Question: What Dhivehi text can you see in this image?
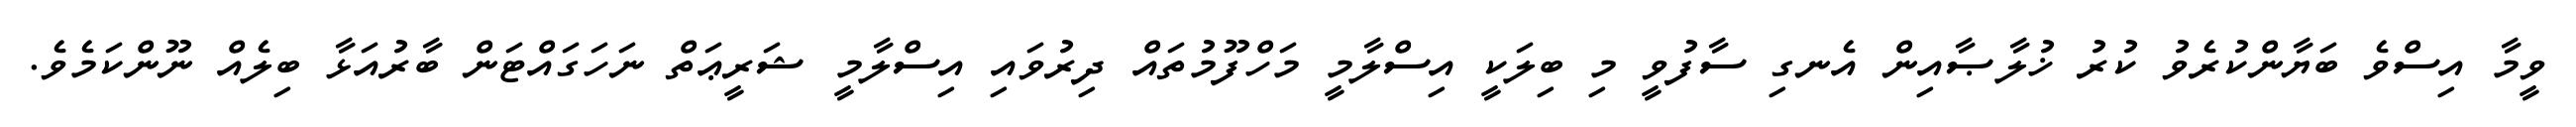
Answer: ވީމާ އިސްވެ ބަޔާންކުރެވު ކުރު ޚުލާޞާއިން އެނގި ސާފުވީ މި ބިލަކީ އިސްލާމީ މަހްފޫމުތައް ދިރުވައި އިސްލާމީ ޝަރީޢަތް ނަހަގައްޓަން ބާރުއަޅާ ބިލެއް ނޫންކަމެވެ.